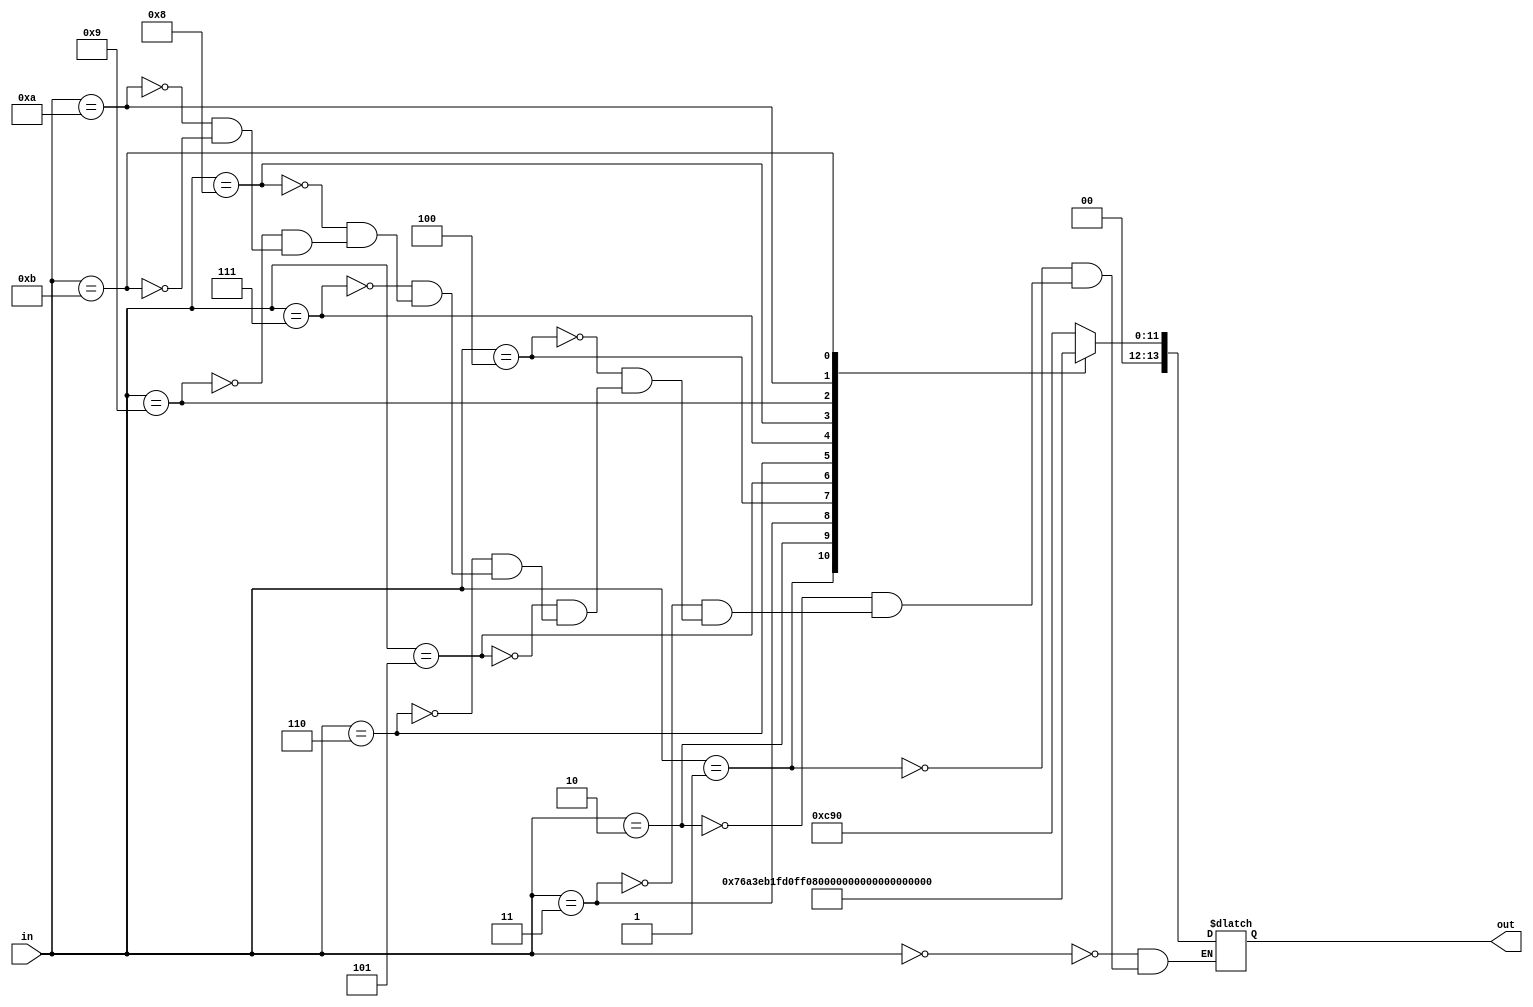
module lut (
    in,out
);
 input [3:0]in;
//output of python code

// {1: '00_110010010000', 
// 0.5: '00_011101101010', 
// 0.25: '00_001111101011', 
// 0.125: '00_000111111101', 
// 0.0625: '00_000011111111', 
// 0.03125: '00_000001111111', 
// 0.015625: '00_000000111111', 
// 0.0078125: '00_000000011111', 
// 0.00390625: '00_000000001111', 
// 0.001953125: '00_000000001000', 
// 0.0009765625: '00_000000000100', 
// 0.00048828125: '00_000000000010'}

reg[13:0] lut1=14'b00_110010010000;

reg[13:0] lut2=14'b00_011101101010;

reg[13:0] lut3=14'b00_001111101011;

reg[13:0] lut4=14'b00_000111111101;

reg[13:0] lut5=14'b00_000011111111;

reg[13:0] lut6=14'b00_000001111111;

reg[13:0] lut7=14'b00_000000111111;

reg[13:0] lut8=14'b00_000000011111;

reg[13:0] lut9=14'b00_000000001111;

reg[13:0] lut10=14'b00_000000001000;

reg[13:0] lut11=14'b00_000000000100;

reg[13:0] lut12=14'b00_000000000010;

output reg [13:0] out;
 always @(in) begin
    case (in)
        4'b0000: begin
            out<=lut1;
        end
        4'b0001: begin
            out<=lut2;
        end
        4'b0010: begin
            out<=lut3;
        end
        4'b0011: begin
            out<=lut4;
        end
        4'b0100: begin
            out<=lut5;
        end
        4'b0101: begin
            out<=lut6;
        end
        4'b0110: begin
            out<=lut7;
        end
        4'b0111: begin
            out<=lut8;
        end
        4'b1000: begin
            out<=lut9;
        end
        4'b1001: begin
            out<=lut10;
        end
        4'b1010: begin
            out<=lut11;
        end
        4'b1011: begin
            out<=lut12;
        end
        default: begin
            out<=out;
        end
    endcase
 end

endmodule